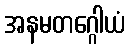
အနမတဂ္ဂေါယံ